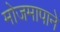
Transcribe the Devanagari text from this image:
मोजमापाने